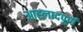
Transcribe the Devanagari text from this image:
आह्लादपूर्ण